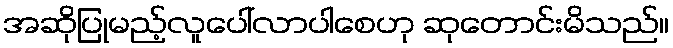
အဆိုပြုမည့်လူပေါ်လာပါစေဟု ဆုတောင်းမိသည်။